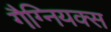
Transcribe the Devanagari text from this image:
गैग्नियक्स